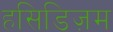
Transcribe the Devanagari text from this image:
हसिडिज़म